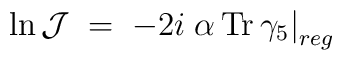
\ln {\mathcal J} \;=\; - 2 i \left.\alpha \, {\rm Tr}\,\gamma_5 \right|_{reg}